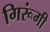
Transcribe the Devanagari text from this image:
गिरूंगी